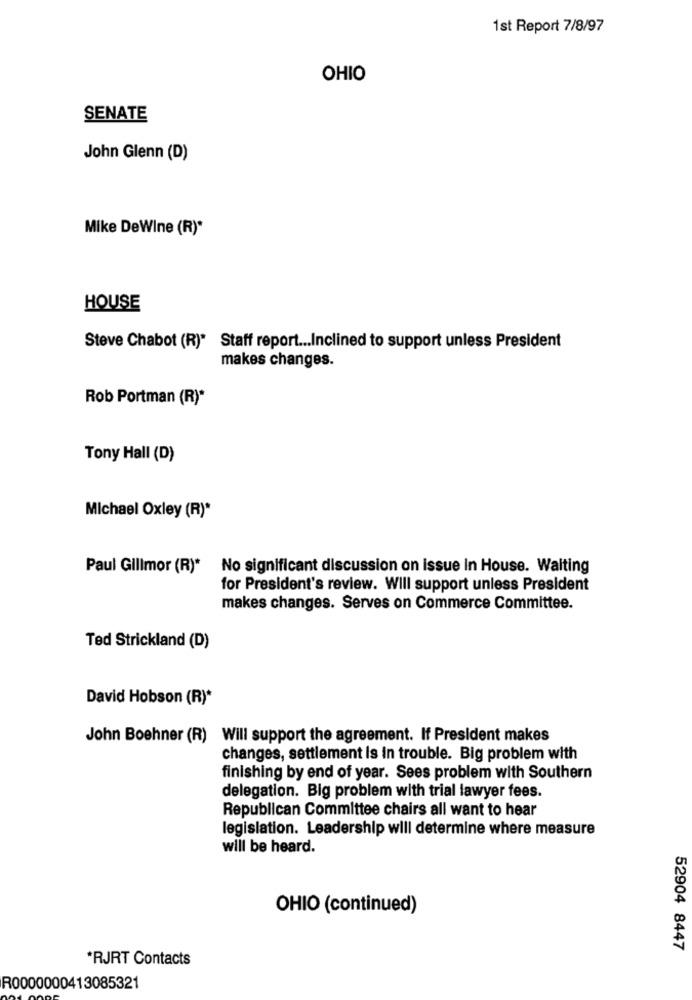
1st Report 7/8/97
OHIO
SENATE
John Glenn (D)
Mike DeWine (R)*
HOUSE
Steve Chabot (R)* Staff report ... Inclined to support unless President
makes changes.
Rob Portman (R)*
Tony Hall (D)
Michael Oxley (R)*
Paul Gillmor (R)*
No significant discussion on issue In House. Waiting
for President's review. Will support unless President
makes changes. Serves on Commerce Committee.
Ted Strickland (D)
David Hobson (R)*
John Boehner (R) Will support the agreement. If President makes
changes, settlement is in trouble. Big problem with
finishing by end of year. Sees problem with Southern
delegation. Big problem with trial lawyer fees.
Republican Committee chairs all want to hear
legislation. Leadership will determine where measure
will be heard.
OHIO (continued)
52904 8447
*RJRT Contacts
R0000000413085321